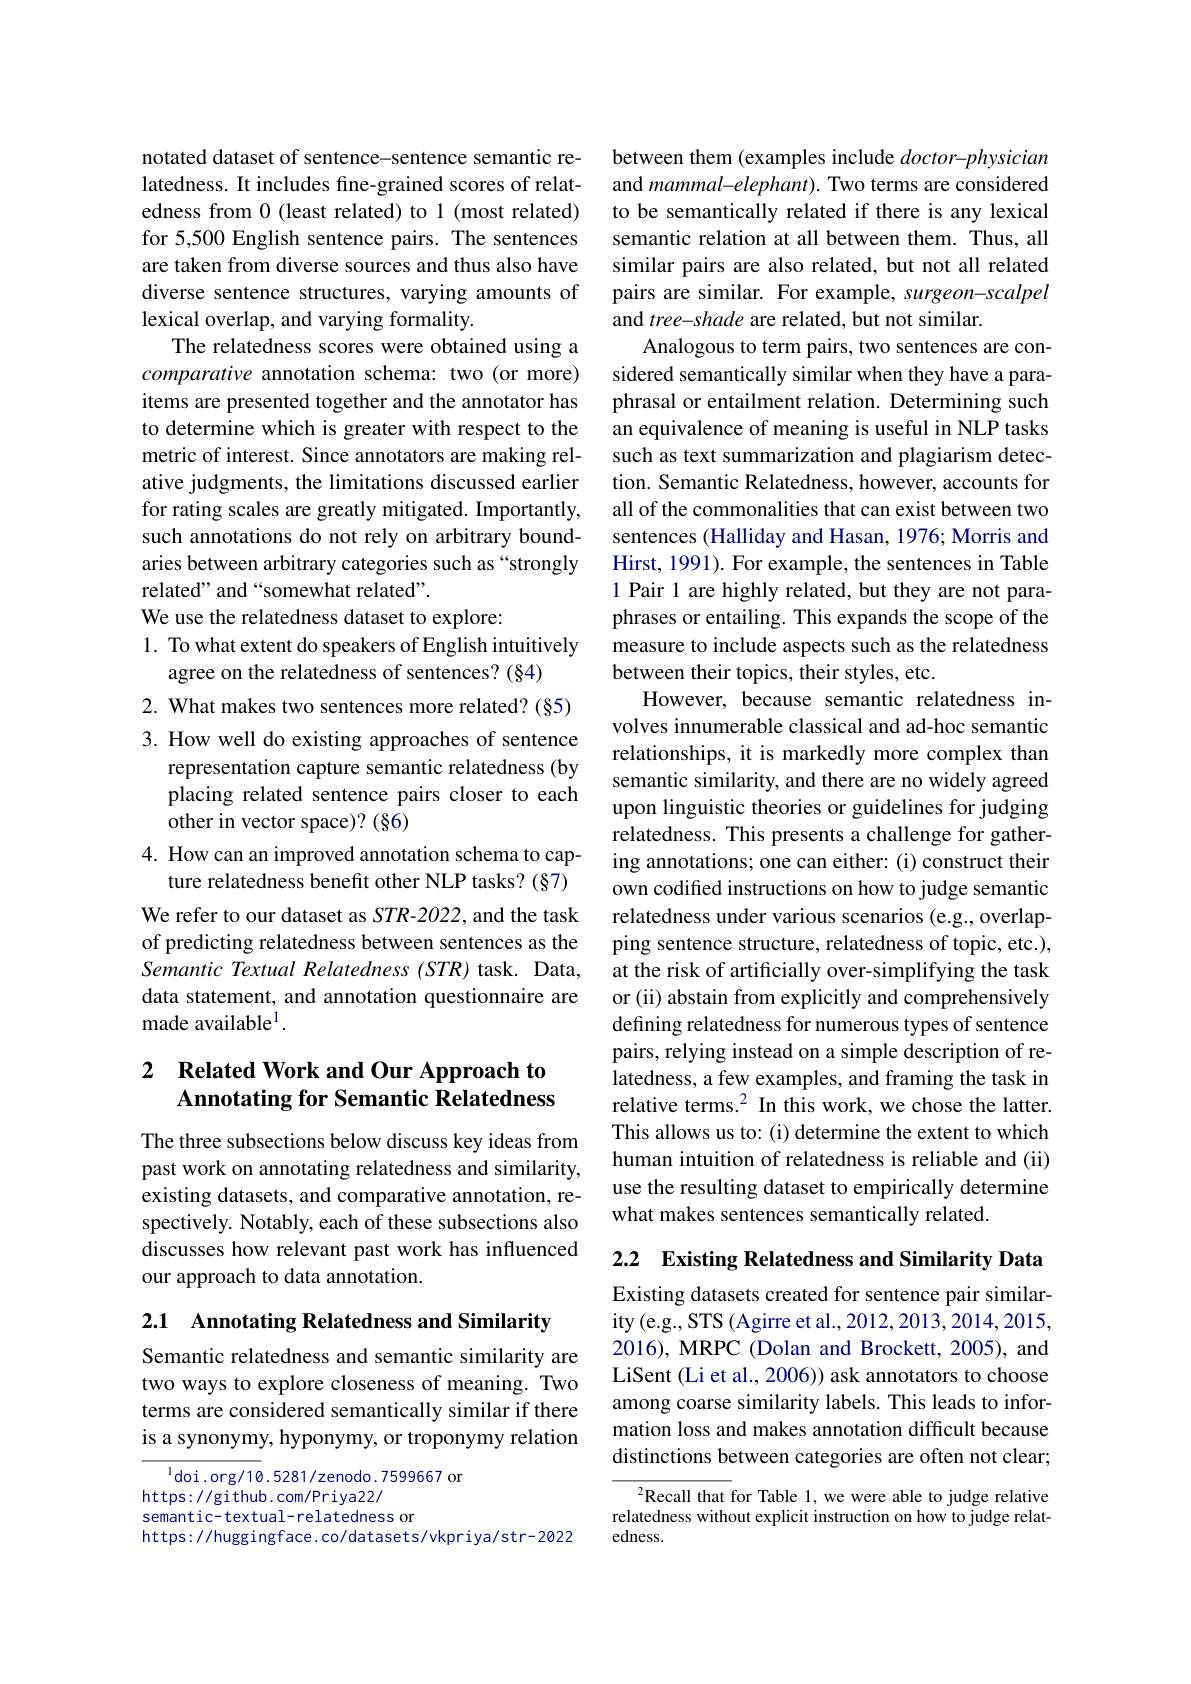
notated dataset of sentence-sentence semantic relatedness. It includes fine-grained scores of relatedness from 0 (least related) to 1 (most related) for 5,500 English sentence pairs. The sentences are taken from diverse sources and thus also have diverse sentence structures, varying amounts of lexical overlap, and varying formality.
The relatedness scores were obtained using a comparative annotation schema: two (or more) items are presented together and the annotator has to determine which is greater with respect to the metric of interest. Since annotators are making relative judgments, the limitations discussed earlier for rating scales are greatly mitigated. Importantly, such annotations do not rely on arbitrary boundaries between arbitrary categories such as “strongly related" and “somewhat related”.
We use the relatedness dataset to explore:
1. To what extent do speakers of English intuitively
agree on the relatedness of sentences? (§4)
2. What makes two sentences more related? (§5) 3. How well do existing approaches of sentence
representation capture semantic relatedness (by placing related sentence pairs closer to each other in vector space)? (§6)
4. How can an improved annotation schema to cap-
ture relatedness benefit other NLP tasks? (§7) We refer to our dataset as STR-2022, and the task of predicting relatedness between sentences as the Semantic Textual Relatedness (STR) task. Data, data statement, and annotation questionnaire are made available$^1.$

# 2 Related Work and Our Approach to Annotating for Semantic Relatedness

The three subsections below discuss key ideas from past work on annotating relatedness and similarity, existing datasets, and comparative annotation, respectively. Notably, each of these subsections also discusses how relevant past work has influenced our approach to data annotation.

2.1 Annotating Relatedness and Similarity

Semantic relatedness and semantic similarity are two ways to explore closeness of meaning. Two terms are considered semantically similar if there is a synonymy, hyponymy, or troponymy relation

$^{1}$doi.org/10.5281/zenodo.7599667 or
https: / / github. com/ Priya22/
semantic- textual- relatedness or
https://huggingface.co/datasets/vkpriya/str-2022

between them (examples include $doctor-physician$ and mammal-elephant). Two terms are considered to be semantically related if there is any lexical semantic relation at all between them. Thus, all similar pairs are also related, but not all related pairs are similar. For example, surgeon-scalpel and tree-shade are related, but not similar.
Analogous to term pairs, two sentences are considered semantically similar when they have a paraphrasal or entailment relation. Determining such an equivalence of meaning is useful in NLP tasks such as text summarization and plagiarism detection. Semantic Relatedness, however, accounts for all of the commonalities that can exist between two sentences (Halliday and Hasan, 1976; Morris and Hirst, 1991). For example, the sentences in Table 1 Pair 1 are highly related, but they are not paraphrases or entailing. This expands the scope of the measure to include aspects such as the relatedness between their topics, their styles, etc.
However, because semantic relatedness involves innumerable classical and ad-hoc semantic relationships, it is markedly more complex than semantic similarity, and there are no widely agreed upon linguistic theories or guidelines for judging relatedness. This presents a challenge for gathering annotations; one can either: (i) construct their own codifed instructions on how to judge semantic relatedness under various scenarios (e.g., overlapping sentence structure, relatedness of topic, etc.), at the risk of artificially over-simplifying the task or (ii) abstain from explicitly and comprehensively defining relatedness for numerous types of sentence pairs, relying instead on a simple description of relatedness, a few examples, and framing the task in relative terms.$^2$ In this work, we chose the latter This allows us to: (i) determine the extent to which human intuition of relatedness is reliable and (ii) use the resulting dataset to empirically determine what makes sentences semantically related.

2.2 Existing Relatedness and Similarity Data

Existing datasets created for sentence pair similarity (e.g., STS (Agirre et al., 2012, 2013, 2014, 2015, 2016), MRPC (Dolan and Brockett, 2005), and LiSent (Li et al., 2006)) ask annotators to choose among coarse similarity labels. This leads to information loss and makes annotation difficult because distinctions between categories are often not clear;

$^2$Recall that for Table 1, we were able to judge relative relatedness without explicit instruction on how to judge relatedness.